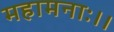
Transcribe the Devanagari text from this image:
महामनाः।।